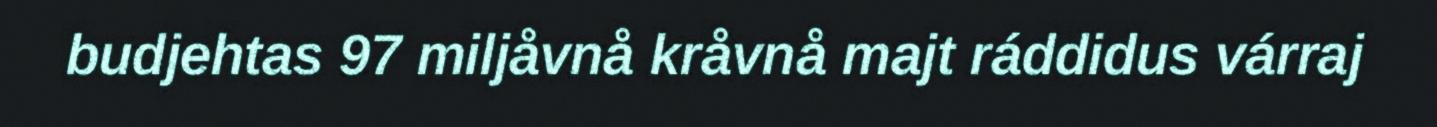
budjehtas 97 miljåvnå kråvnå majt ráddidus várraj